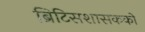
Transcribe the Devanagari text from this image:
ब्रिटिसशासकको